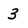
Character: 3